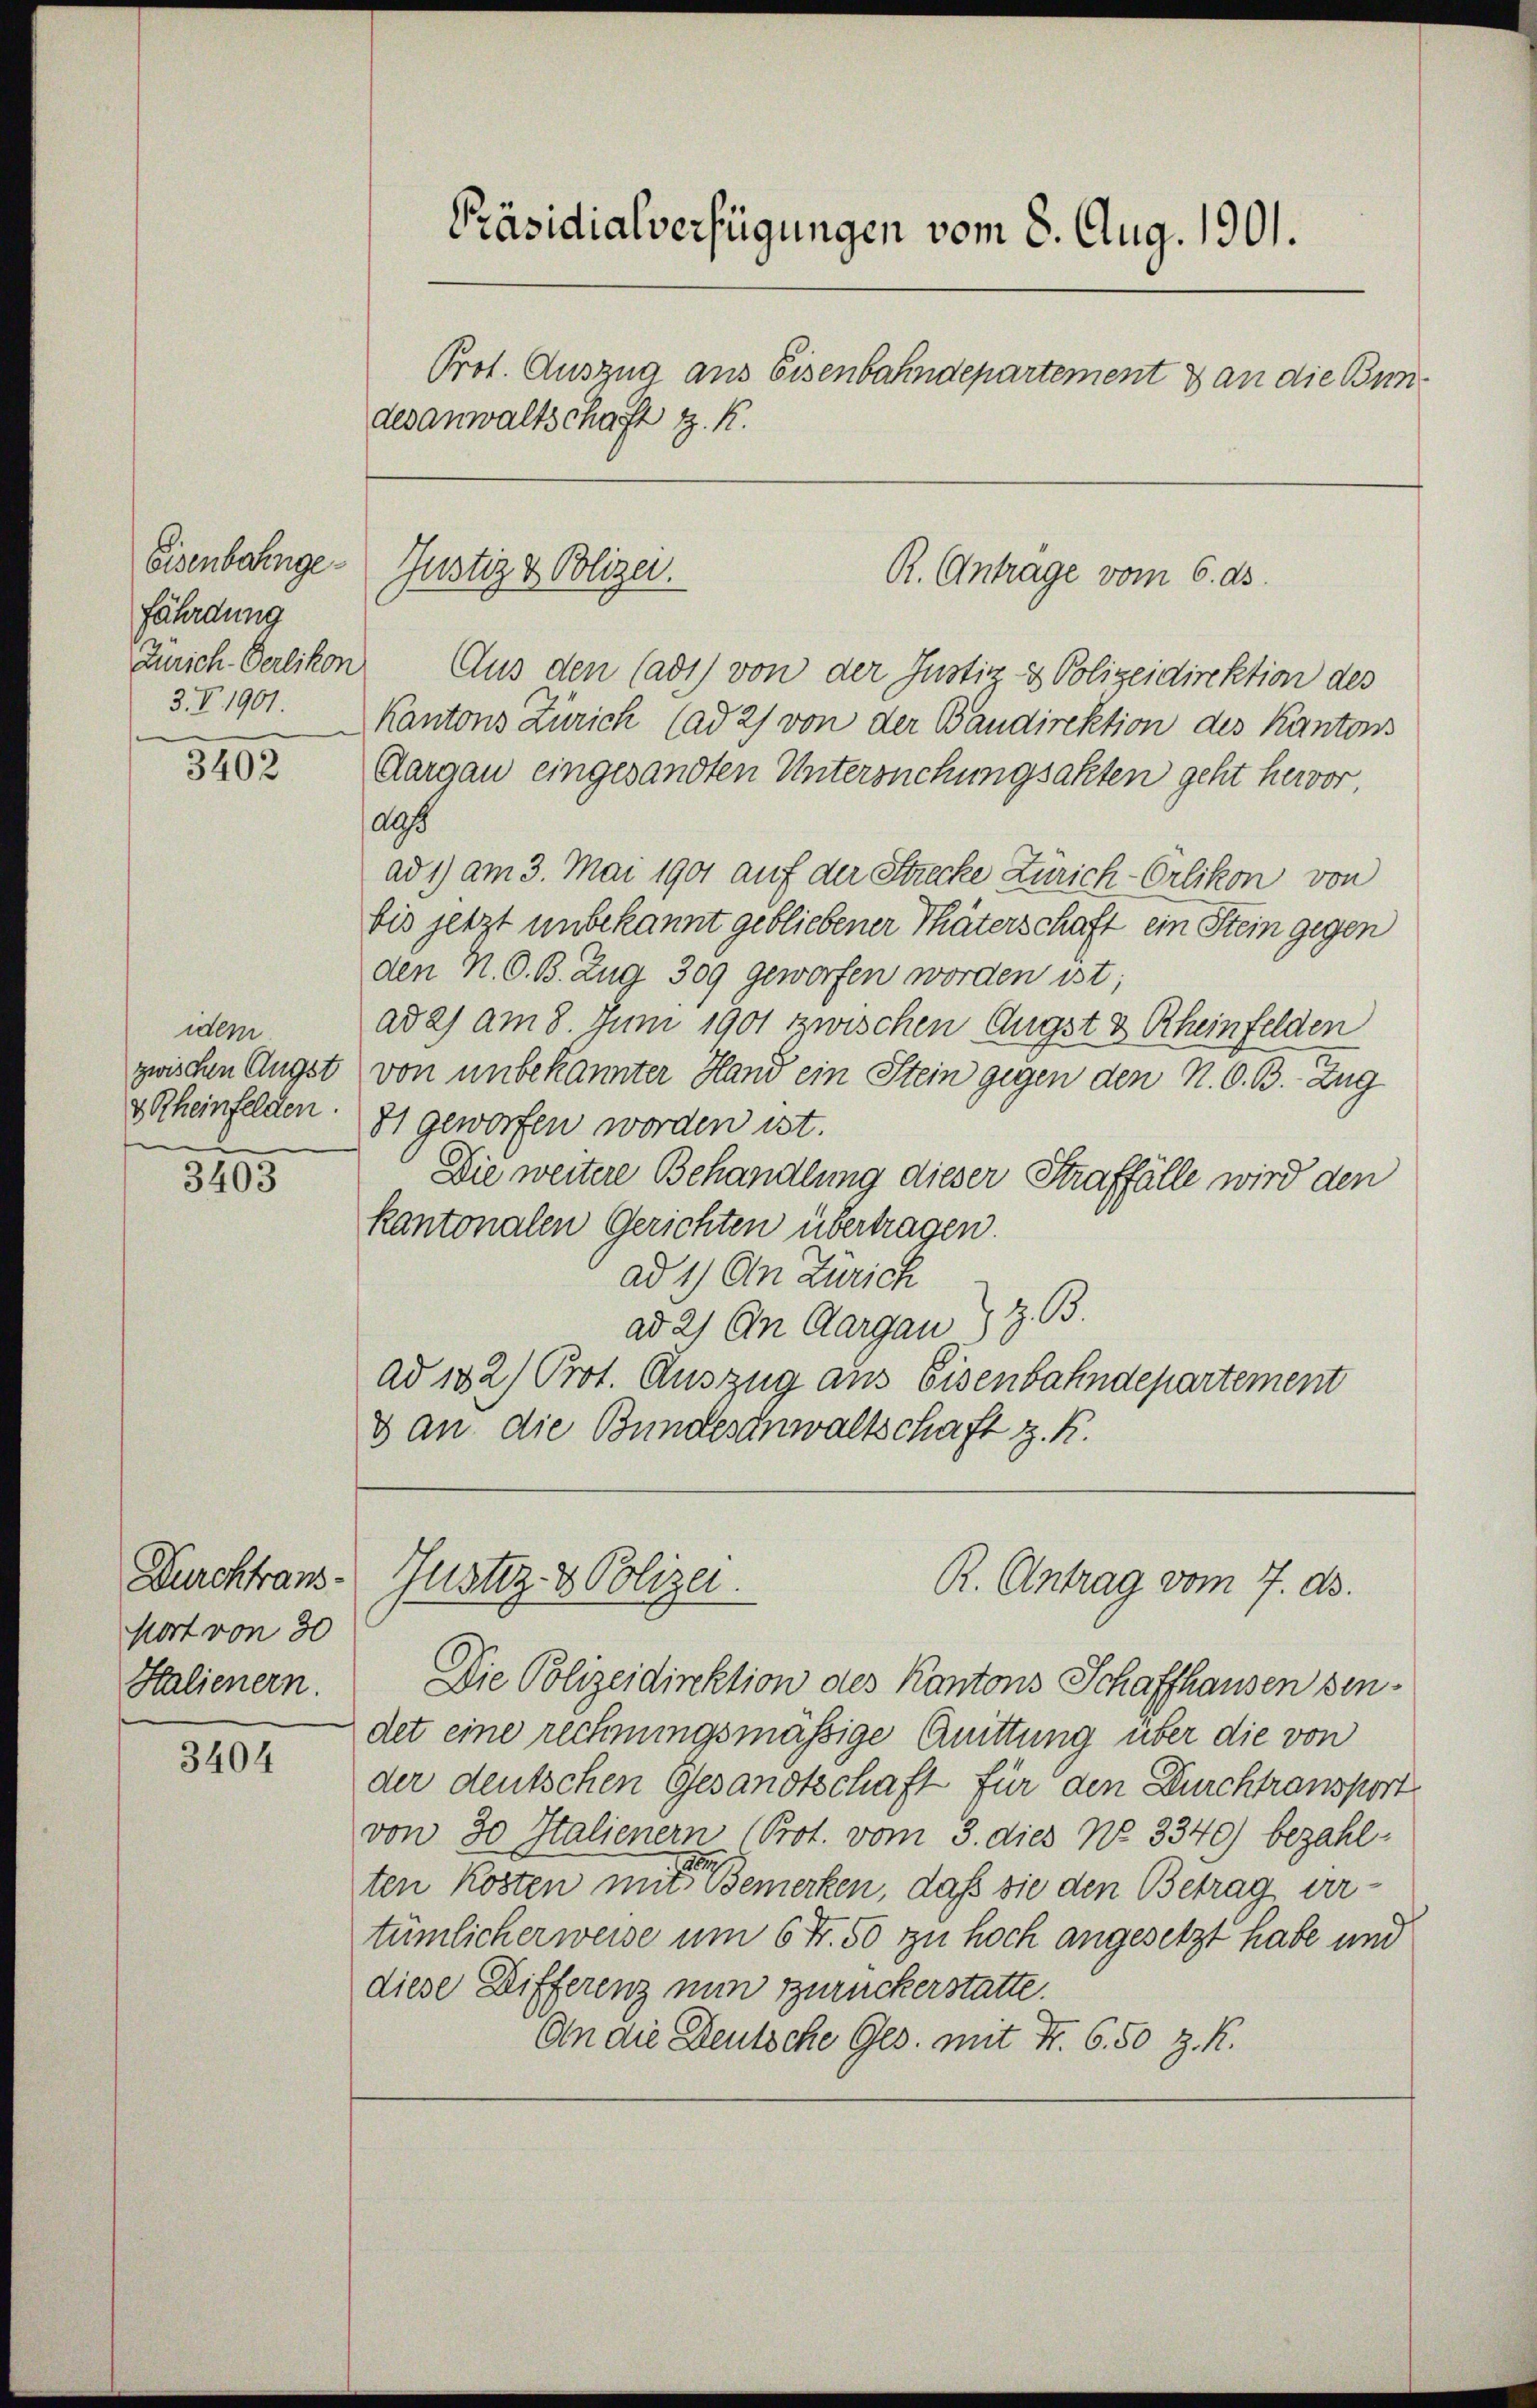
fährdung
3.V. 1901.

3402

idem
zwischen Augst
& Rheinfelden.

3405

Durchtrans¬
Nort von 30
Halienern.

3404

Präsidialverfügungen vom 8. Aug. 1901.
Prot. Auszug aus Eisenbahndepartement & an die Bundesanwaltschaft z. K.

Zürich Oerlikon Aus den (adt) von der Justiz- & Polizeidirektion des
Kantons Zürich (ad 2) von der Baudirektion des Kantons
Aargau eingesandten Untersuchungsakten geht hervor,
al
ad 1) am 3. Mai 1901 auf der Strecke Zürich-Orlikon von
bis jetzt unbekannt gebliebener Thäterschaft ein Stein gegen
den N. O. B. Zug 309 geworfen worden ist;
adas am 8 Juni 1901 zwischen Augst & Rheinfelden
von unbekannter Hand ein Stein gegen den N. O. B. Zug
81 geworfen worden ist.
Die weitere Behandlung dieser Straffälle wird den
kantonalen Gerichten übertragen.
ad 1) An Zürich
ad 2) An Aargau) z. B.
ad 102) Prot. Auszug aus Eisenbahndepartement
3 an die Bundesanwaltschaft z. R.

Eisenbahnge- Justiz & Polizei.

R. Antrage vom 6. ds.

Justiz- & Polizei.
R. Antrag vom 7. ds.

Die Polizeidirektion des Kantons Schaffhausen sendet eine rechnungsmäßige Quittung über die von
der deutschen Gesandtschaft für den Durchtransport
von 30 Italienern Prot. vom 3. dies No. 3340) bezahlten Kosten unter Bemerken, daß sie den Betrag ertümlicherweise um 6 Fr. 50 zu hoch angesetzt habe und
diese Differenz nun zuruckerstatte.
An die Deutsche Ges. mit Fr. 6. 50 Z. K.